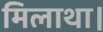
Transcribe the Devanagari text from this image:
मिलाथा।